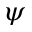
\psi